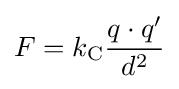
F=k_{\rm {C}}{\frac {q\cdot q^{\prime }}{d^{2}}}